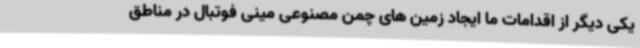
یکی دیگر از اقدامات ما ایجاد زمین های چمن مصنوعی مینی فوتبال در مناطق